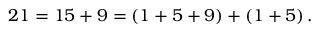
2 1 = 1 5 + 9 = ( 1 + 5 + 9 ) + ( 1 + 5 ) \, .